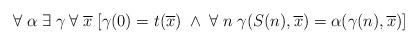
LaTeX: \begin{align*}\forall \; \alpha \; \exists \; \gamma \; \forall \; \overline{x} \; [\gamma(0) =t(\overline{x}) \; \wedge \; \forall \; n \; \gamma(S(n), \overline{x})=\alpha(\gamma(n), \overline{x})]\end{align*}